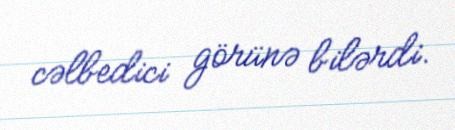
cəlbedici görünə bilərdi.